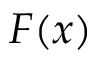
F ( x )